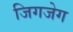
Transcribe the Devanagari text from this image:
जिगजेग